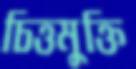
চিত্তমুক্তি